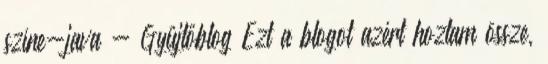
színe-java - Gyűjtőblog Ezt a blogot azért hoztam össze,